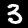
Digit: 3